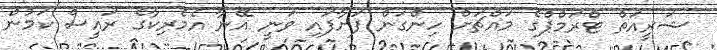
ޝަރީއަތް ޓްރަމްޕްގެ މައްޗަށް ހިންގަން ފަށާފައި ވަނީ އޭނާ އެމެރިކާގެ ރައީސް ކަމުން